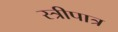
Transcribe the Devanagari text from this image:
स्त्रीपात्र